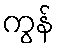
ကွန်